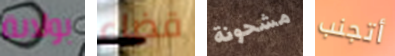
بولاية قضاء مشحونة أتجنب